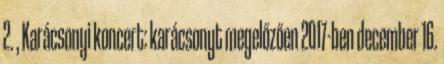
2. , Karácsonyi koncert: karácsonyt megelőzően 2017-ben december 16.